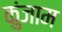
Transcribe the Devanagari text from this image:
कुंजाम